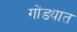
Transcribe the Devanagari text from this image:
गोंड्यात